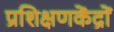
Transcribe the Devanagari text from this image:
प्रशिक्षणकेंद्रों